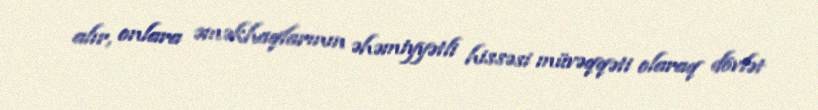
alır, onlara əməkhaqlarının əhəmiyyətli hissəsi müvəqqəti olaraq dövlət